Scottish Leaving Certificate Examination, 1957
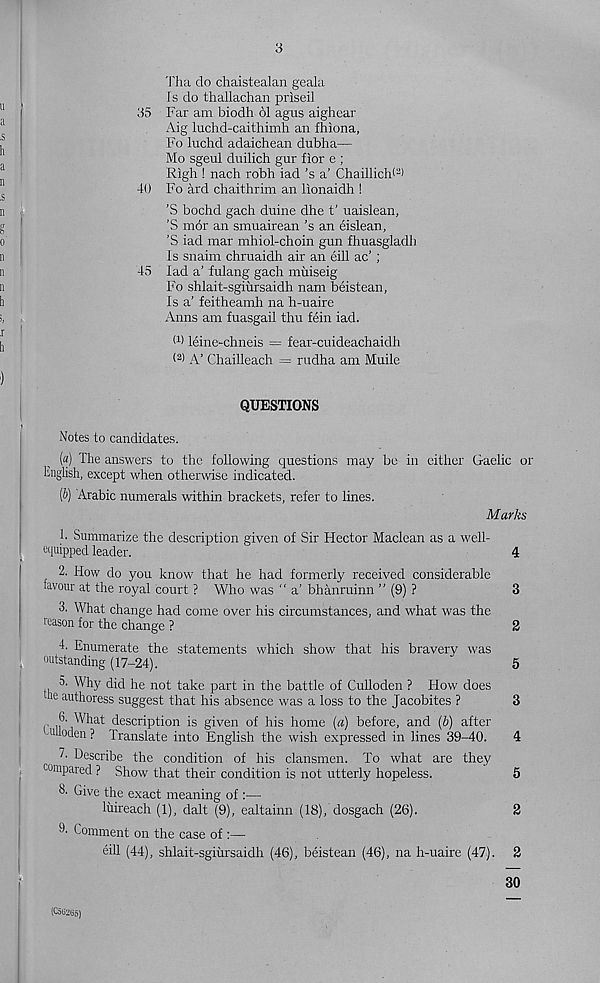
3
Tha do chaistealan geala
Fs do thallachan priseil
35 Far am biodh 61 agus aighcar
Aig luchd-caithimh an fhiona,
Fo luchd adaichean dubha—
Mo sgenl duilich gur fior e ;
Righ ! nach robh iad’s a’ ChaillicW 2 )
40 Fo ard chaithrim an lionaidh !
’S bochd gach duine dhe t' uaislean,
’S mor an smuairean ’s an eislean,
’S iad mar mhiol-choin gun fhuasgladh
Is snaim chruaidh air an eill ac’ ;
45 lad a’ fulang gach muiseig
Fo shlait-sgiursaidh nam beistean,
Is a’ feitheamh na h-uaire
Anns am fuasgail thu fein iad.
(1 > leine-chneis = fear-cuideachaidh
(2) A’ Chailleach = rudha am Muile
QUESTIONS
Notes to candidates.
(a) The answers to the following questions may be in either Gaelic or
English, except when otherwise indicated.
(b) Arabic numerals within brackets, refer to lines.
Marks
h Summarize the description given of Sir Hector Maclean as a well-
equipped leader.
4
2. How do you know that he had formerly received considerable
Favour at the royal court ? Who was “ a’ bhanruinn ” (9) ?
3
3. What change had come over his circumstances, and what was the
reason for the change ?
2
4. Enumerate the statements which show that his bravery was
outstanding (17-24).
5
5. Why did he not take part in the battle of Culloden ? How does
lie authoress suggest that his absence was a loss to the Jacobites ?
3
6- What description is given of his home (a) before, and {b) after
u loden ? Translate into English the wish expressed in lines 39-40.
4
7. Describe the condition of his clansmen. To what are they
compared ? Show that their condition is not utterly hopeless.
5
3. Give the exact meaning of :—
luireach (1), dalt (9), ealtainn (18), dosgach (26).
2
9' Comment on the case of :—
eill (44), shlait-sgiursaidh (46), beistean (46), na h-uaire (47). 2
30
(C5G265)